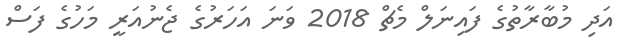
އަދި މުބާރާތުގެ ފައިނަލް މެޗް 2018 ވަނަ އަހަރުގެ ޖެނުއަރީ މަހުގެ ފަސް